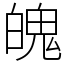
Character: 魄